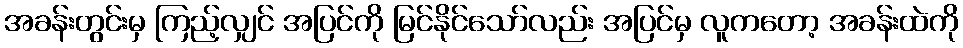
အခန်းတွင်းမှ ကြည့်လျှင် အပြင်ကို မြင်နိုင်သော်လည်း အပြင်မှ လူကတော့ အခန်းထဲကို